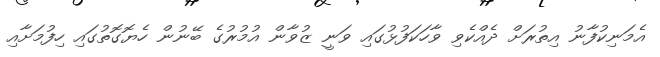
އެމަނިކުފާނު އިތުރަށް ދެއްކެވި ވާހަކަފުޅުގައި ވަނީ ޒުވާން އުމުރުގެ ބޭނުން ހެޔޮގޮތުގައި ހިފުމަށާއި